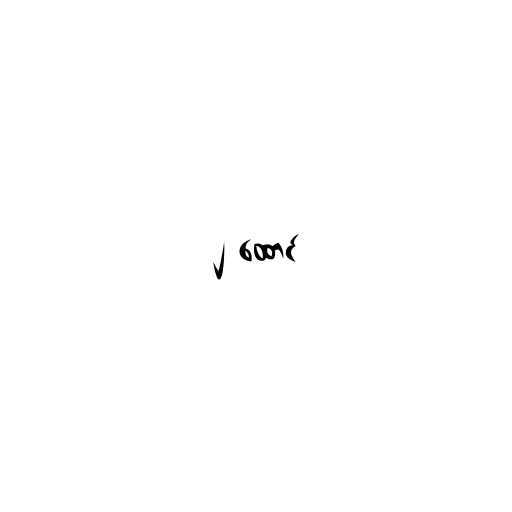
၂ ထောင်